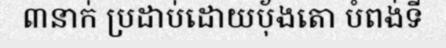
៣នាក់ ប្រដាប់ដោយប៉័ងតោ បំពង់ទី